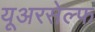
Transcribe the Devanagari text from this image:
यूअरसेल्फ